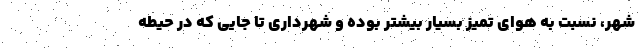
شهر، نسبت به هوای تمیز بسیار بیشتر بوده و شهرداری تا جایی که در حیطه